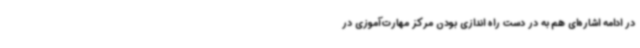
در ادامه اشاره‌ای هم به در دست راه اندازی بودن مرکز مهارت‌آموزی در